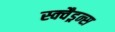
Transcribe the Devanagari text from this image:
स्क्वैड्रन्स